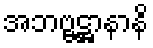
အဘဗ္ဗဋ္ဌာနာနိ